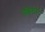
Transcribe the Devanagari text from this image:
एडिटेड